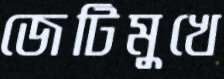
জেটিমুখে